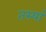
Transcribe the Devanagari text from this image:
तस्यां